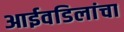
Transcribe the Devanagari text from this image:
आईवडिलांचा